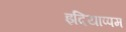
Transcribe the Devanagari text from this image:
इदियाप्पम